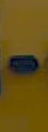
-